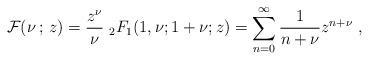
LaTeX: \begin{align*} {\cal F}(\nu\,;\, z) =\frac{z^{\nu}}{\nu}\ _2F_1(1,\nu;1+\nu;z) =\sum_{n=0}^{\infty}\frac{1}{n+\nu}z^{n+\nu}~,\end{align*}